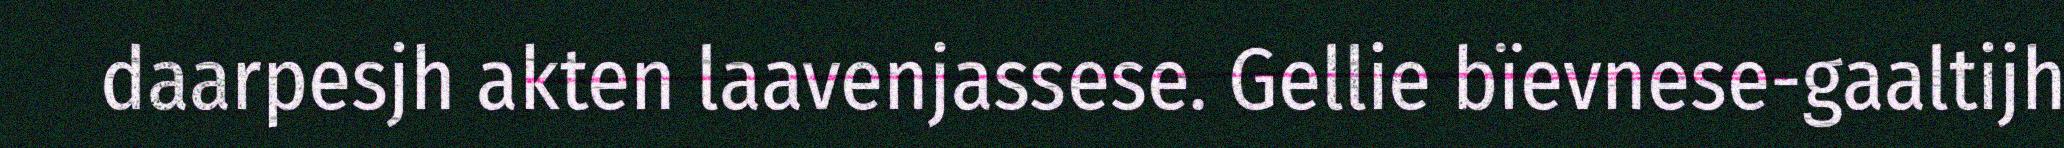
daarpesjh akten laavenjassese. Gellie bïevnese-gaaltijh